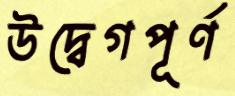
উদ্বেগপূর্ণ